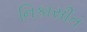
નિકાસીત